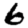
Digit: 6